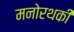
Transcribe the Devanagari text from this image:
मनोरथकी